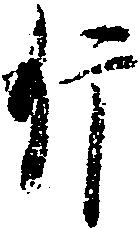
片